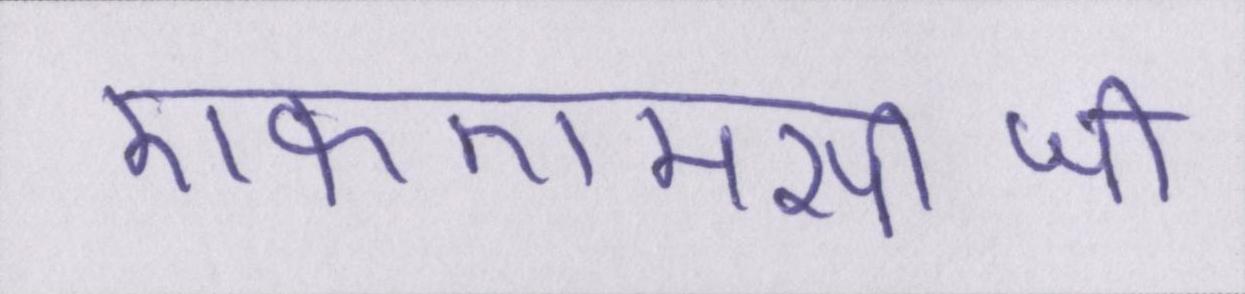
एफएमसीजी